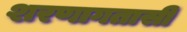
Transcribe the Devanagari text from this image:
शरणागतासी